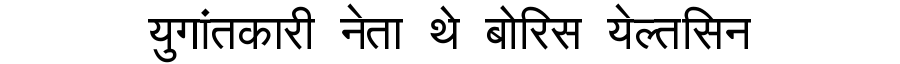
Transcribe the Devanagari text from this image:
युगांतकारी नेता थे बोरिस येल्तसिन